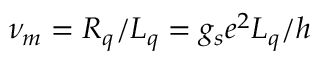
\nu _ { m } = R _ { q } / L _ { q } = g _ { s } e ^ { 2 } L _ { q } / h